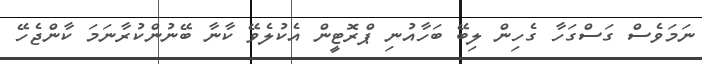
ނަމަވެސް ގަސްގަހާ ގެހިން ލިބޭ ބަހާއުނި ޕްރޮޓީން އެކުލެވޭ ކާނާ ބޭނުންކުރާނަމަ ކާންޖެހޭ